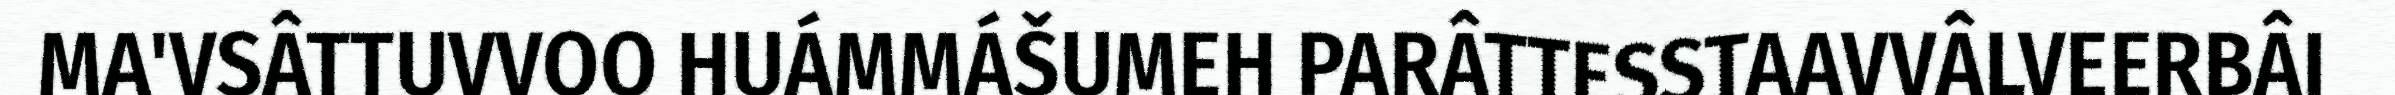
MA'VSÂTTUVVOO HUÁMMÁŠUMEH PARÂTTESSTAAVVÂLVEERBÂI